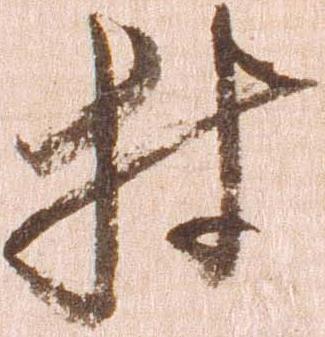
村